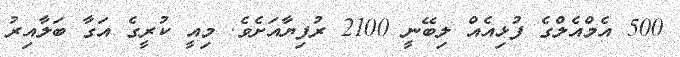
500 އެމްއެލްގެ ފުޅިއެއް ލިބޭނީ 2100 ރުފިޔާއަށެވެ. މިއީ ކުރީގެ އަގާ ބަލާއިރު